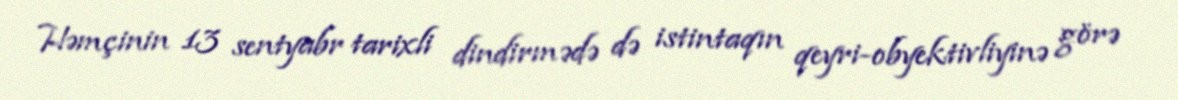
Həmçinin 13 sentyabr tarixli dindirmədə də istintaqın qeyri-obyektivliyinə görə